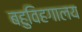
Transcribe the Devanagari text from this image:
बहुविहगालय